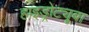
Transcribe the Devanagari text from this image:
हाइड्रोट्यूबा